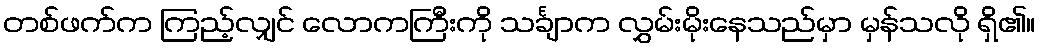
တစ်ဖက်က ကြည့်လျှင် လောကကြီးကို သင်္ချာက လွှမ်းမိုးနေသည်မှာ မှန်သလို ရှိ၏။